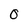
Character: 0